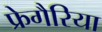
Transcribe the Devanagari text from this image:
फ्रेगैरिया